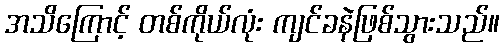
အသိကြောင့် တစ်ကိုယ်လုံး ကျင်ခနဲဖြစ်သွားသည်။